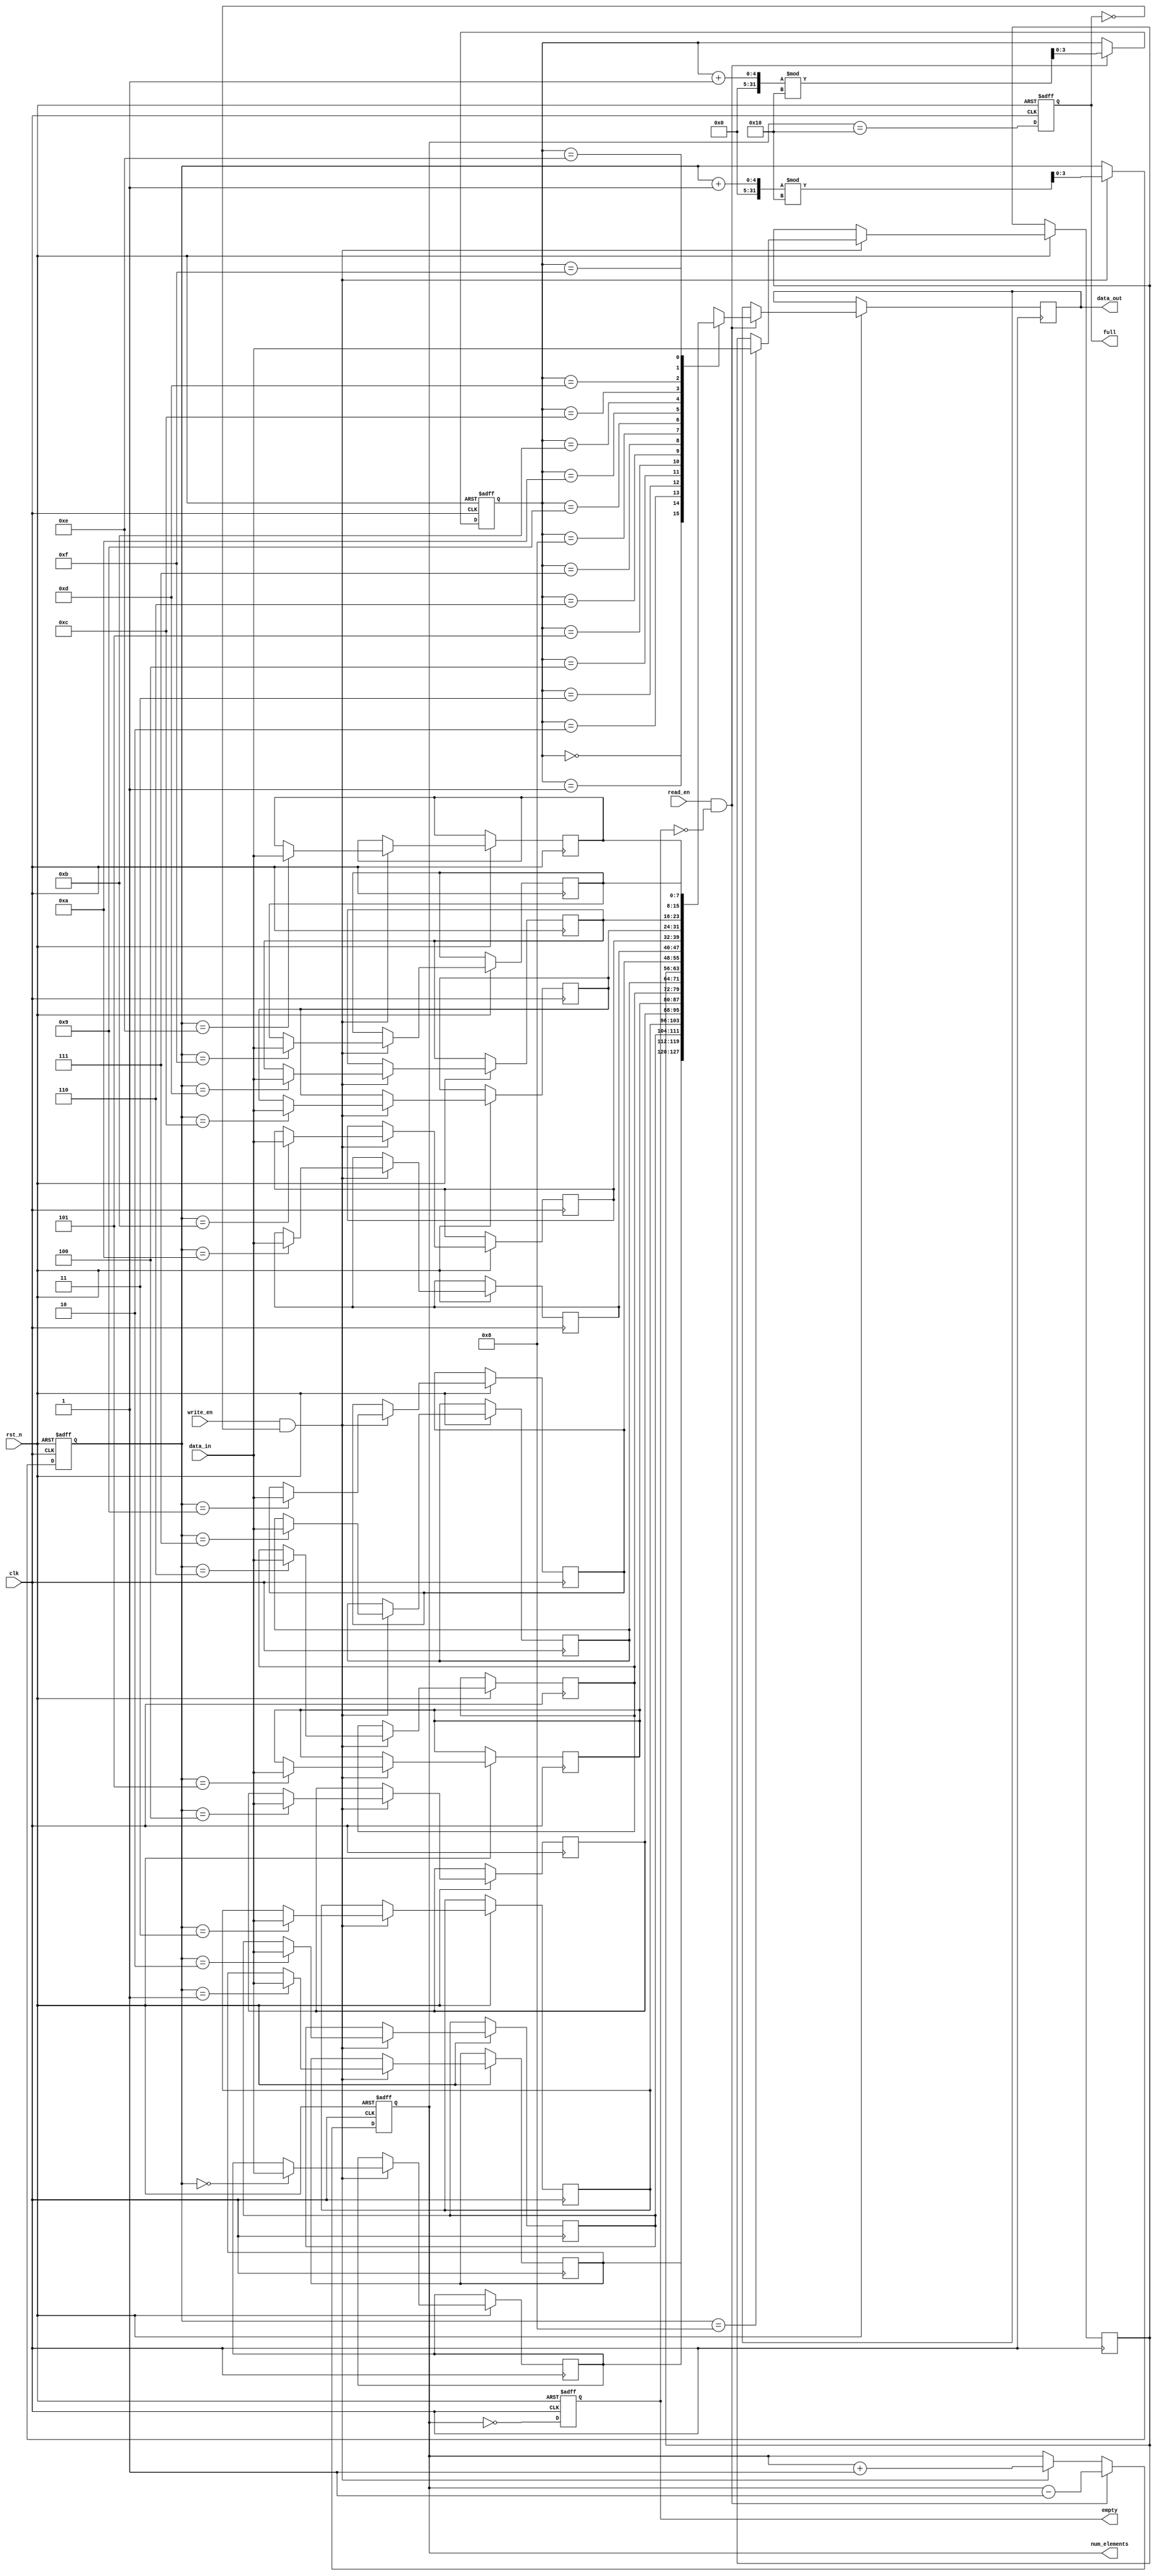
module parameterized_fifo #(
    parameter DATA_WIDTH = 8,       // Width of each data element
    parameter FIFO_DEPTH = 16        // Depth of the FIFO
) (
    input clk,                       // Clock signal
    input rst_n,                    // Active low reset signal
    input write_en,                 // Write enable signal
    input read_en,                  // Read enable signal
    input [DATA_WIDTH-1:0] data_in, // Input data bus
    output reg [DATA_WIDTH-1:0] data_out, // Output data bus
    output reg full,                // FIFO full flag
    output reg empty,               // FIFO empty flag
    output reg [$clog2(FIFO_DEPTH):0] num_elements // Current number of elements
);

    // Address width calculation
    localparam ADDR_WIDTH = $clog2(FIFO_DEPTH);

    // Memory array
    reg [DATA_WIDTH-1:0] fifo_mem[FIFO_DEPTH-1:0];
    
    // Pointers
    reg [ADDR_WIDTH-1:0] write_pointer; // Pointer for writing
    reg [ADDR_WIDTH-1:0] read_pointer;  // Pointer for reading

    // Initial conditions
    initial begin
        write_pointer = 0;
        read_pointer = 0;
        full = 0;
        empty = 1;
        num_elements = 0;
    end

    // Always block for FIFO behavior
    always @(posedge clk or negedge rst_n) begin
        if (!rst_n) begin
            // Reset logic
            write_pointer <= 0;
            read_pointer <= 0;
            full <= 0;
            empty <= 1;
            num_elements <= 0;
        end else begin
            // Write operation
            if (write_en && !full) begin
                fifo_mem[write_pointer] <= data_in; // Write data to FIFO
                write_pointer <= (write_pointer + 1) % FIFO_DEPTH; // Circular increment
                num_elements <= num_elements + 1;
            end

            // Read operation
            if (read_en && !empty) begin
                data_out <= fifo_mem[read_pointer]; // Read data from FIFO
                read_pointer <= (read_pointer + 1) % FIFO_DEPTH; // Circular increment
                num_elements <= num_elements - 1;
            end
            
            // Update full and empty flags
            full <= (num_elements == FIFO_DEPTH);
            empty <= (num_elements == 0);
        end
    end

endmodule